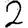
Digit: 2